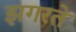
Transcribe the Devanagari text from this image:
झगरते